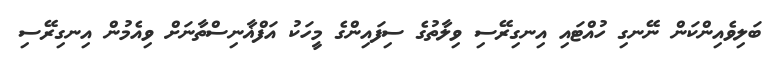
ބަލިވެއިންކަން ނޭނގި ހުއްޓައި އިނގިރޭސި ވިލާތުގެ ސިފައިންގެ މީހަކު އަފްޣާނިސްތާނަށް ވިއެމުން އިނގިރޭސި